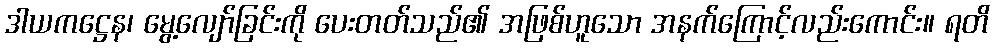
ဒါယကဋ္ဌေန၊ မွေ့လျော်ခြင်းကို ပေးတတ်သည်၏ အဖြစ်ဟူသော အနက်ကြောင့်လည်းကောင်း။ ရတိ